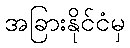
အခြားနိုင်ငံမှ